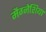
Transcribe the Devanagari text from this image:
मैग्नेशिया